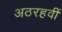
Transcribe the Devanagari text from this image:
अठरहवीं